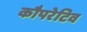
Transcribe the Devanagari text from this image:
कौपरेटिव